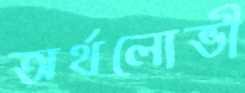
অর্থলোভী